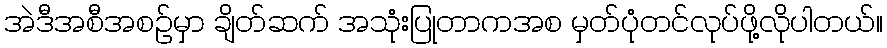
အဲဒီအစီအစဉ်မှာ ချိတ်ဆက် အသုံးပြုတာကအစ မှတ်ပုံတင်လုပ်ဖို့လိုပါတယ်။